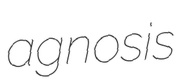
agnosis